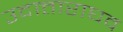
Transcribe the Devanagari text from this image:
उदात्ताराघव